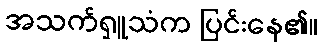
အသက်ရှူသံက ပြင်းနေ၏။